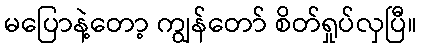
မပြောနဲ့တော့ ကျွန်တော် စိတ်ရှုပ်လှပြီ။